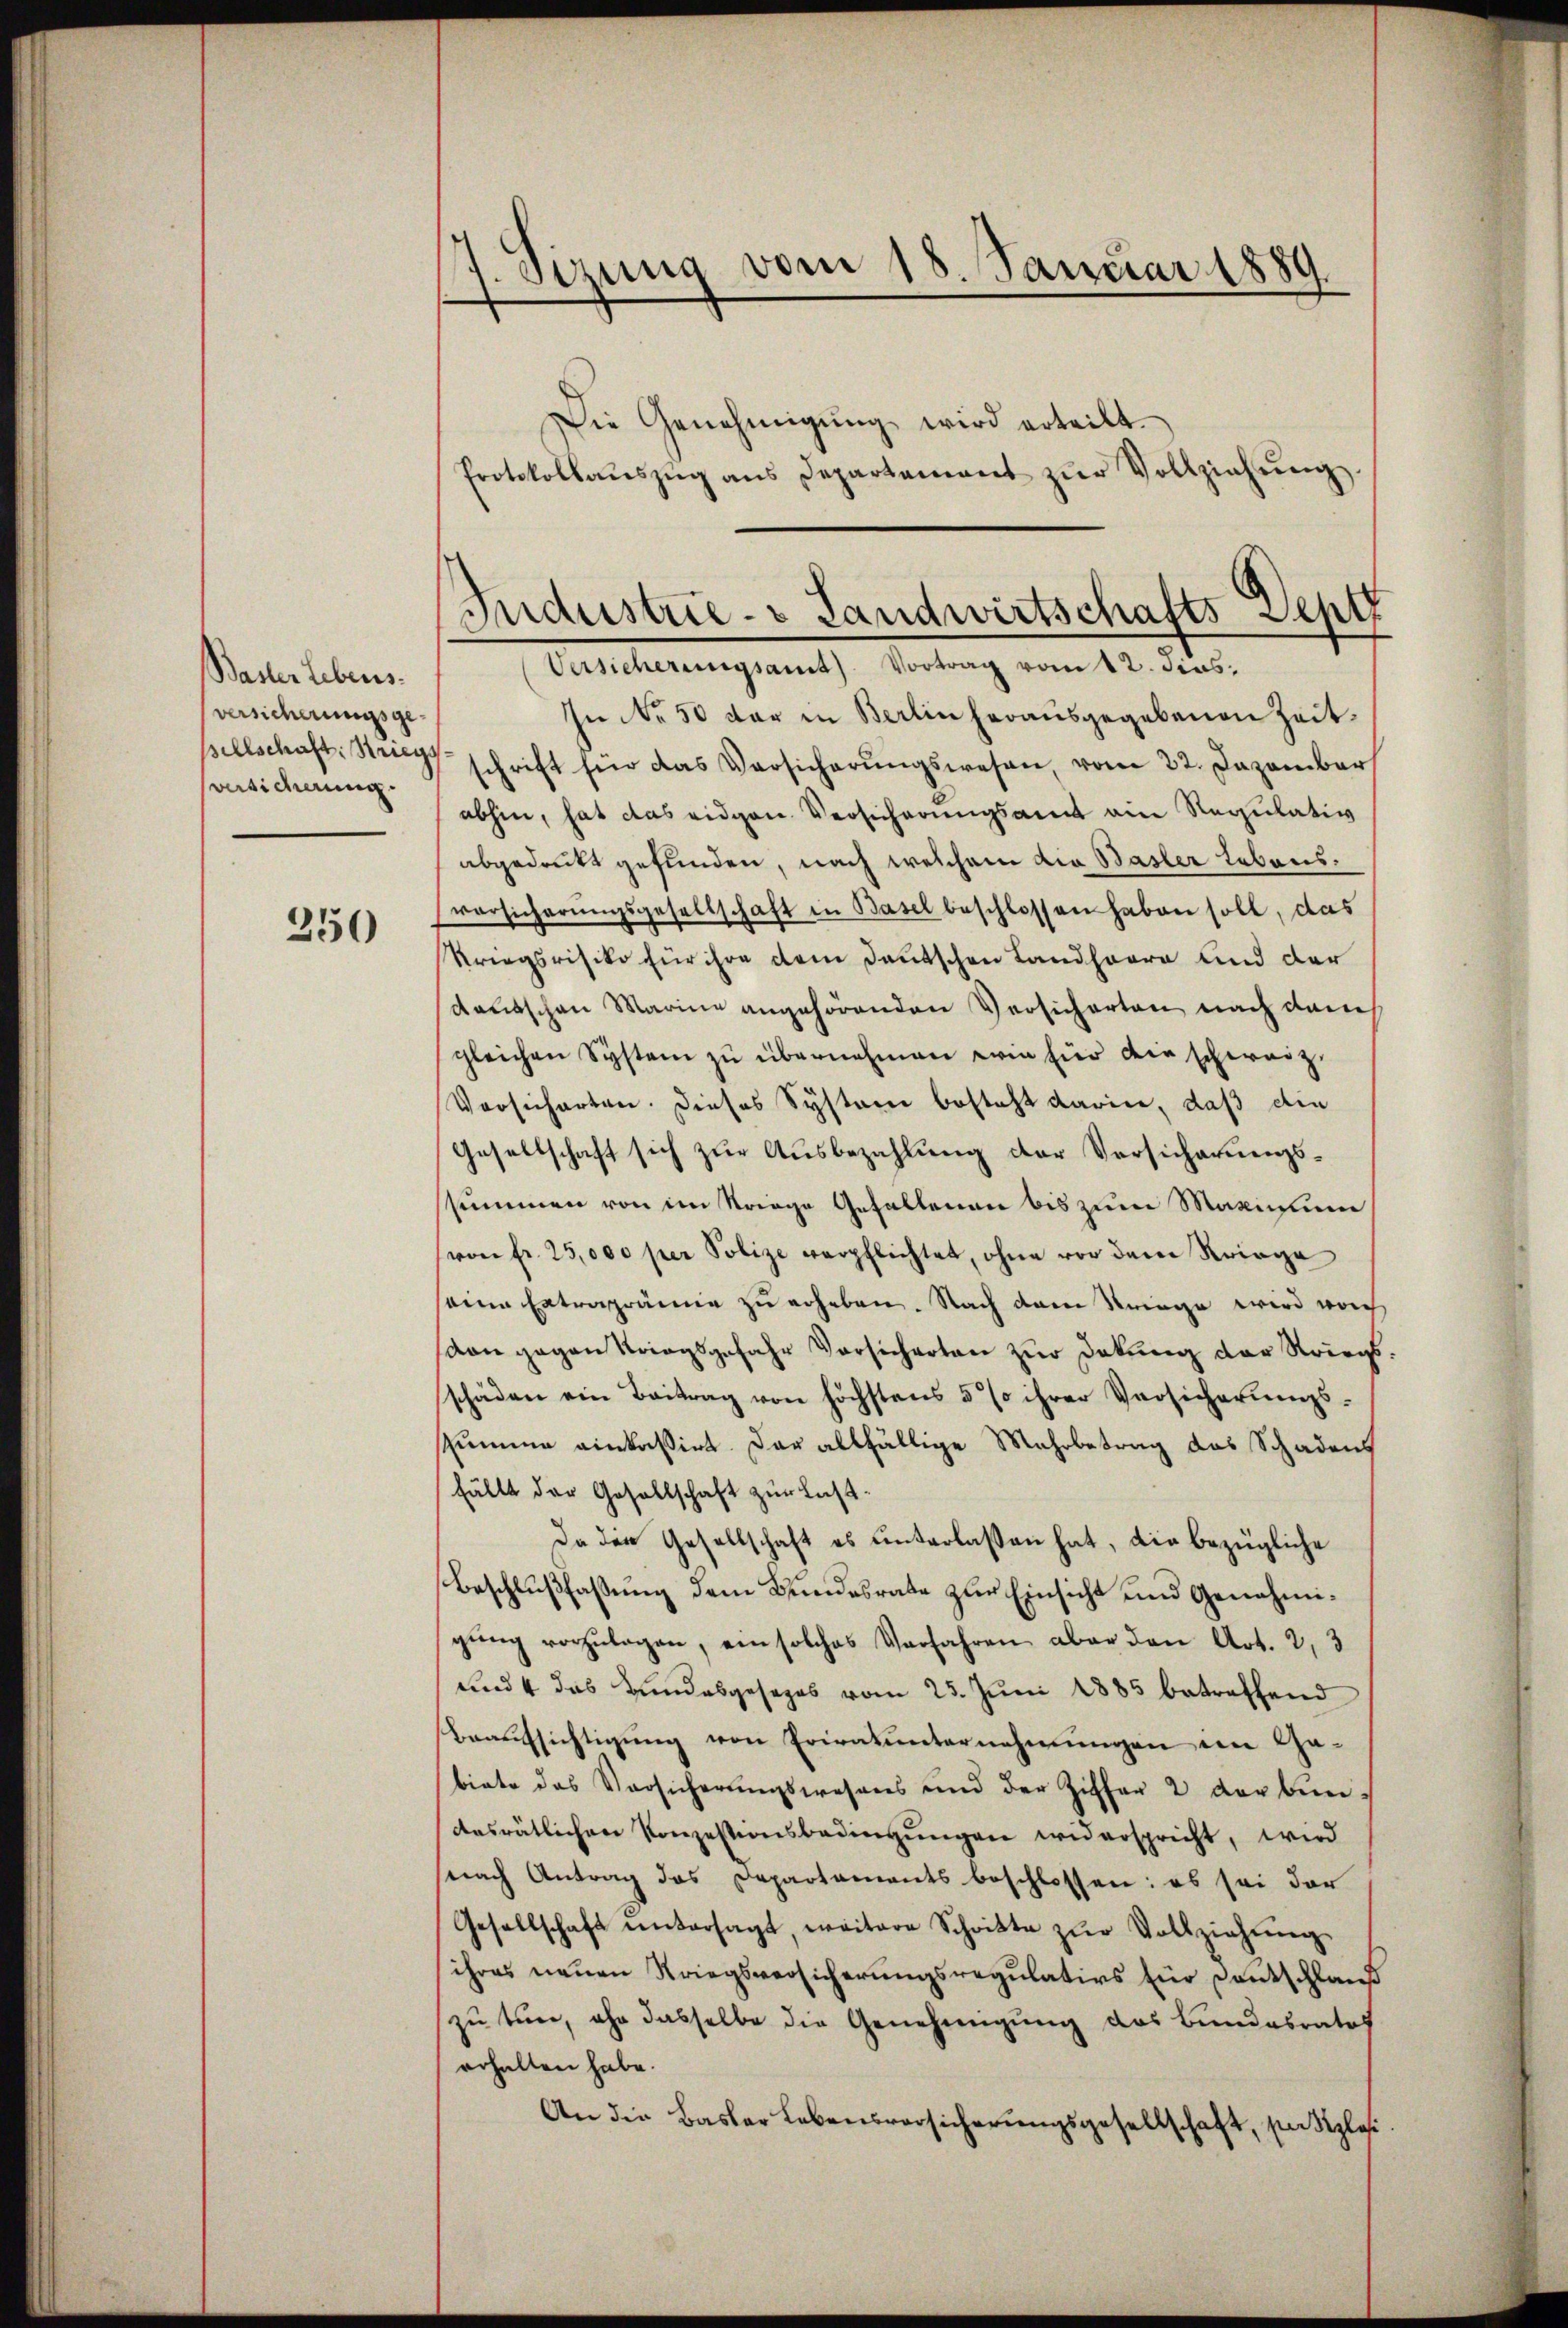
Bader Lebens.
versicherungsgesversicherung.

250

1. Sizung vom 18. Januar 1889.

Die Genehmigŭng wird erteilt.
Protokollaŭszŭg ans Departement zŭr Vollziehŭng.
In No 50 dar in Berlin herausgegebenen Zeit
sellschaft: Striegsschrift für das Versicherŭngswesen, vom 22. Dezember
abhin, hat das eidgen. Versicherungsamt ein Regulativ
abgedrukt gefunden, nach welchem die Basler Lebensversicherŭngsgesellschaft in Basel beschlossen haben soll, das
Kriegsrisiko für ihre dem deutschen Landhaare und der
Kautschen Marine angehörenden Versicherten nach dam
gleichen System zu übernehmen wir für die schweiz.
Versicherten. Dieses System besteht darin, daß die
Gesellschaft sich zur Ausbezahlung der Versicherungsssummen von im Striege Gefallenen bis zum Maximum
von fr. 25,000 per Polize verpflichtet, ohne vor dem Kriege
eine Extraprämie zu erheben. Nach dem Kriege wird noch
von gegen Kriegsgefahr Vorsicherten zŭr Dekŭng der Kriegsschäden ein Beitrag von höchstens 5 % ihrer Versicherŭngs-
summe einkasirt. Das allfällige Mehrbetrag des Schadens
fällt der Gesellschaft zur Leist-
Da die Gesellschaft es unterlassen hat, die bezügliche
Beschlußfassung dem Bundesrate zur Einsicht und Genehmigung vorzulagen, ein solches Verfahren aber den Art. 2, 3
und 4 das Bundesgesezes vom 25. Jŭni 1885 betreffend
Beaufsichtigung von Eriratunternehmungen im Gabiete das Vorsicherungswesens und der Ziffer 2 verbin-
desrätlichen Konzestionsbedingŭngen widerspricht, wird
nach Antrag das Departaments beschlossen: es sei der
Gesellschaft ŭntersagt, weitere Schritte zŭr Vollziehŭng
ihres neuen Kriegsversicherungsregulativs für Deutschlauf
zu tuer, ohn dasselbe die Genehmigung des Bundesrates
erhalten habe.
An die Basler Lebensversicherungsgesellschaft, setzles

Industrie- & Landwirtschafts Deptt
Versicherungsamt Vortrag vom 12. dies,